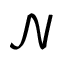
\mathcal { N }